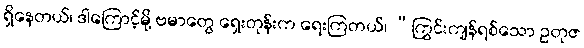
ရှိနေတယ်၊ ဒါကြောင့်မို့ ဗမာတွေ ရှေးတုန်းက ရေးကြတယ်၊ “ကြွင်းကျန်ရစ်သော ဥတုဇ